Vaccination in Burma 1912-1922 - 1912-1922
Year: 1912
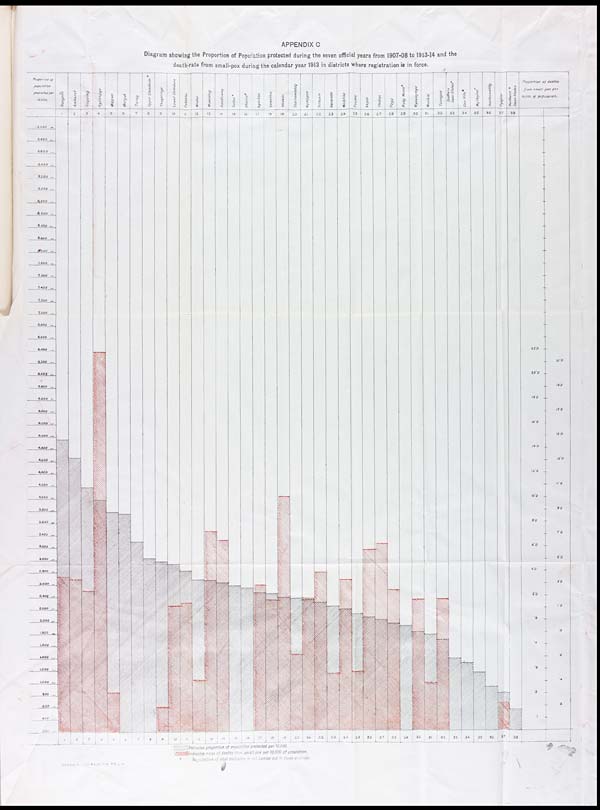
APPENDIX C
Diagram showing the Proportion of Population protected during the seven official years from 1907-08 to 1913-14 and the
death-rate from small-pox during the calendar year 1913 in districts where registration is in force.